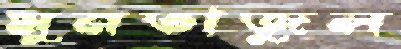
মুনতাজুল